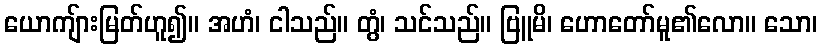
ယောကျ်ားမြတ်ဟူ၍။ အဟံ၊ ငါသည်။ တွံ၊ သင်သည်။ ဗြူမိ၊ ဟောတော်မူ၏လော။ သော၊